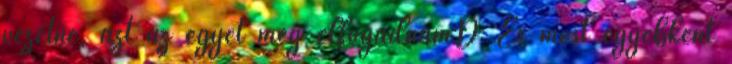
vezetné, azt az egyet még elfogadnám:D És most egyébként